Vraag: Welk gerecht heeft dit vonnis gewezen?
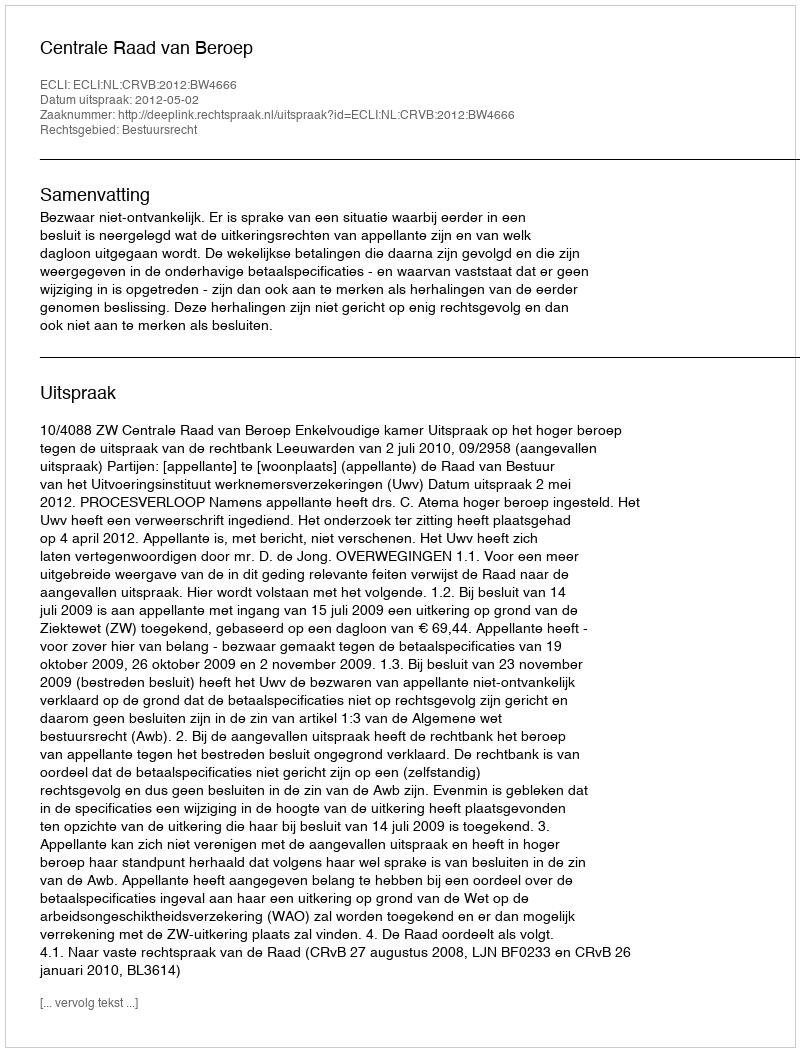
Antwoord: Centrale Raad van Beroep